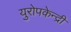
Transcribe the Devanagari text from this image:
युरोपकेन्द्री